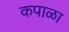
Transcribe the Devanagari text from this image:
कपाळा